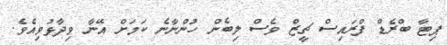
ޕިޓާ ބްރެޑް ފްރައިސް ޗީޒް ވެސް ލިބެން ހުންނާނެ ކަމަށް އޭނާ ވިދާޅުވިއެވެ.